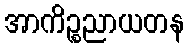
အာကိဉ္စညာယတန